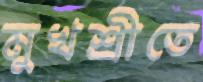
মুখশ্রীতে